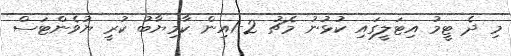
މި ދެ ޓީމު އިޓަލީގައި ކުޅުނު މެޗު 2-1އިން ކާމިޔާބު ކުރީ ޔުވެންޓަސް